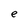
Character: e